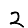
Digit: 2